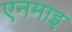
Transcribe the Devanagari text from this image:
एनमाइ